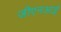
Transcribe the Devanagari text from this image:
जीएनआई